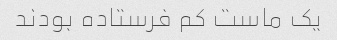
یک ماست کم فرستاده بودند